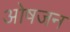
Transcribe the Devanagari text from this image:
ओषजन